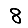
Digit: 8